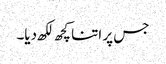
جس پر اتنا کچھ لکھ دیا۔